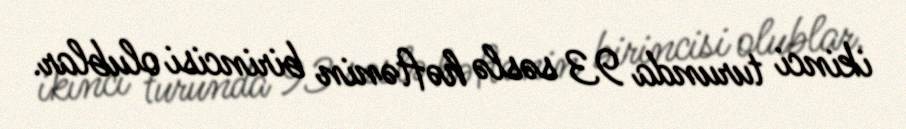
ikinci turunda 93 səslə həftənin birincisi olublar.